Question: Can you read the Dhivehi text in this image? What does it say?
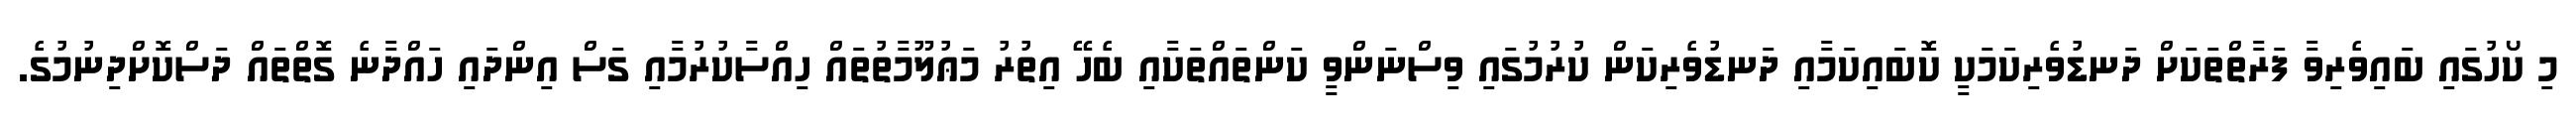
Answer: މި ކޯހުގައި ބައިވެރިވާ ފަރާތްތަކަށް ދަނޑުވެރިކަމަކީ ކޮބައިކަމާއި ދަނޑުވެރިކަން ކުރުމުގައި ވިސްނަންވީ ކަންތައްތަކާއި ބެހޭ އިތުރު މަޢުލޫމާތުތައް ހިއްސާކުރުމާއި ގަސް އިންދައި ހައްދާނެ ގޮތްތައް ދަސްކޮށްދިނުމުގެ.